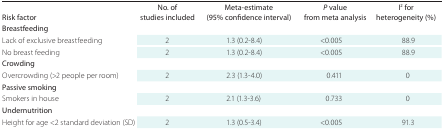
<table><thead><tr><td><b>Risk factor</b></td><td><b>No. of studies included</b></td><td><b>Meta-estimate (95% confidence interval)</b></td><td><b><i>P</i> value from meta analysis</b></td><td><b>I<sup>2</sup> for heterogeneity (%)</b></td></tr></thead><tbody><tr><td colspan="5"><b>Breastfeeding</b></td></tr><tr><td>Lack of exclusive breastfeeding</td><td>2</td><td>1.3 (0.2-8.4)</td><td>&lt;0.005</td><td>88.9</td></tr><tr><td>No breast feeding</td><td>2</td><td>1.3 (0.2-8.4)</td><td>&lt;0.005</td><td>88.9</td></tr><tr><td colspan="5"><b>Crowding</b></td></tr><tr><td>Overcrowding (&gt;2 people per room)</td><td>2</td><td>2.3 (1.3-4.0)</td><td>0.411</td><td>0</td></tr><tr><td colspan="5"><b>Passive smoking</b></td></tr><tr><td>Smokers in house</td><td>2</td><td>2.1 (1.3-3.6)</td><td>0.733</td><td>0</td></tr><tr><td colspan="5"><b>Undernutrition</b></td></tr><tr><td>Height for age &lt;2 standard deviation (SD)</td><td>2</td><td>1.3 (0.5-3.4)</td><td>&lt;0.005</td><td>91.3</td></tr></tbody></table>